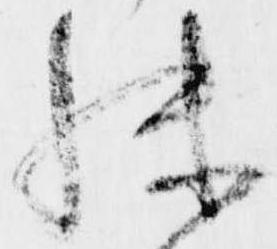
殊